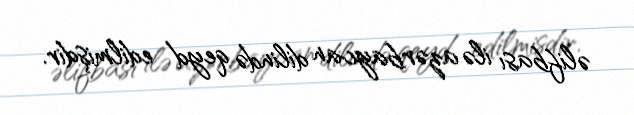
əlifbası ilə azərbaycan dilində qeyd edilmişdir.